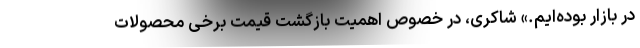
در بازار بوده‌ایم.» شاکری، در خصوص اهمیت بازگشت قیمت برخی محصولات